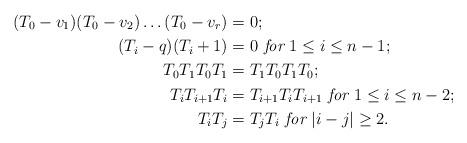
LaTeX: \begin{align*}(T_0-v_1)(T_0-v_2)\dots (T_0-v_r)&=0 ;\\(T_i-q)(T_i+1)&=0\textit{ for } 1\leq i\leq n-1;\\T_0T_1T_0T_1&=T_1T_0T_1T_0;\\T_iT_{i+1}T_i&=T_{i+1}T_iT_{i+1}\textit{ for }1\leq i\leq n-2;\\T_iT_j&=T_jT_i \textit{ for }|i-j|\geq 2.\end{align*}